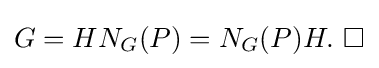
G=HN_{G}(P)=N_{G}(P)H.\ \square